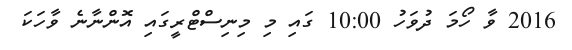
2016 ވާ ހޯމަ ދުވަހު 10:00 ގައި މި މިނިސްޓްރީގައި އޮންނާނެ ވާހަކަ